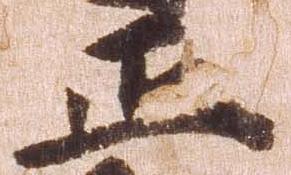
正